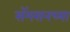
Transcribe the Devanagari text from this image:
सॅमसनच्या